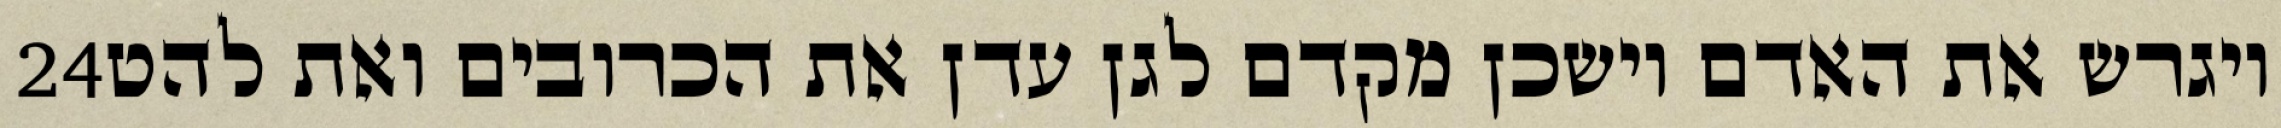
‎24‏ ויגרש את האדם וישכן מקדם לגן עדן את הכרובים ואת להט